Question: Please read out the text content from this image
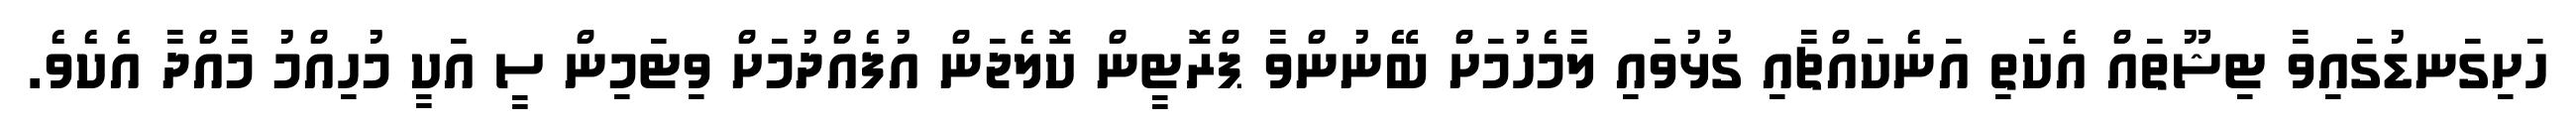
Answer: ހަށިގަނޑުގައިވާ ޓިޝޫތައް އެކަތި އަނެކައްޗާއި ގުޅުވައި ލާމެހުމަށް ބޭނުންވާ ޕްރޮޓީން ކޮލެޖަން އުފެއްދުމަށް ވިޓަމިން ސީ އަކީ މުހިއްމު މާއްދާ އެކެވެ.